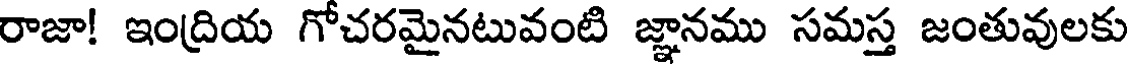
రాజా! ఇంద్రియ గోచరమైనటువంటి జ్ఞానము సమస్త జంతువులకు